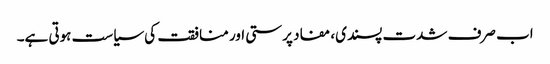
اب صرف شدت پسندی، مفاد پرستی اور منافقت کی سیاست ہوتی ہے۔